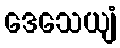
ဒေသေယျံ